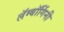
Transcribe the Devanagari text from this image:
लॅम्बॉर्गिनी